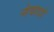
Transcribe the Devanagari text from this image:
नेवादो